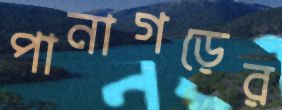
পানাগড়ের